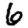
Digit: 6